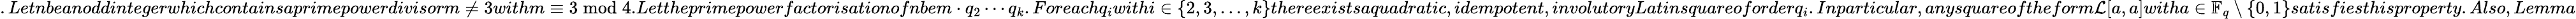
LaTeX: .Letnbeanoddintegerwhichcontainsaprimepowerdivisorm\neq 3withm\equiv 3\bmod 4.Lettheprimepowerfactorisationofnbem\cdot q_{2}\cdots q_{k}.Foreachq_{i}withi\in\{ 2,3,\ldots,k\} thereexistsaquadratic,idempotent,involutoryLatinsquareoforderq_{i}.Inparticular,anysquareoftheform\mathcal{L}[a,a]witha\in\mathbb{F}_{q}\setminus\{ 0,1\} satisfiesthisproperty.Also,Lemma